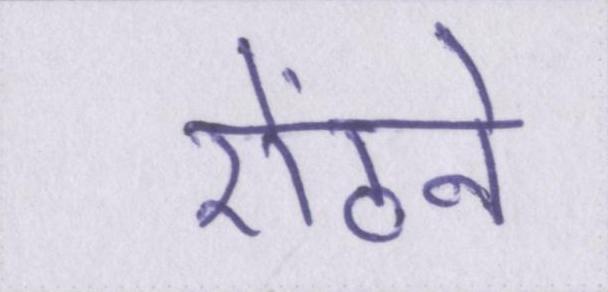
ऐंठने